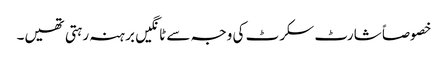
خصوصاً شارٹ سکرٹ کی وجہ سے ٹانگیں برہنہ رہتی تھیں۔